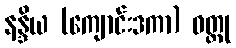
နန္ဒိယ (ကျောင်းဒကာ) ဝတ္ထု